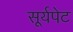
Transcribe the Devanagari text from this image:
सूर्यपेट